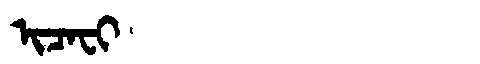
Manchu: ᡳᠴᠠᠸᡳ
Romanization: ICAFI